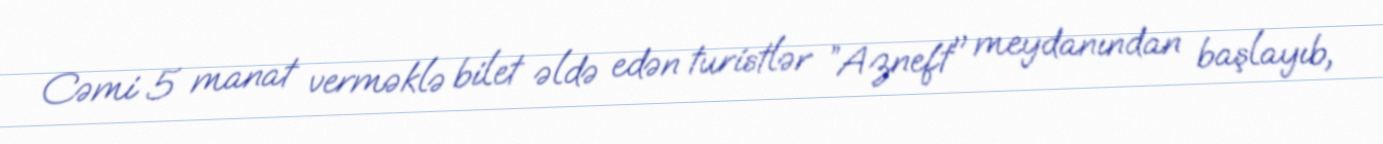
Cəmi 5 manat verməklə bilet əldə edən turistlər ”Azneft" meydanından başlayıb,